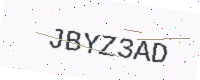
Text: JBYZ3AD